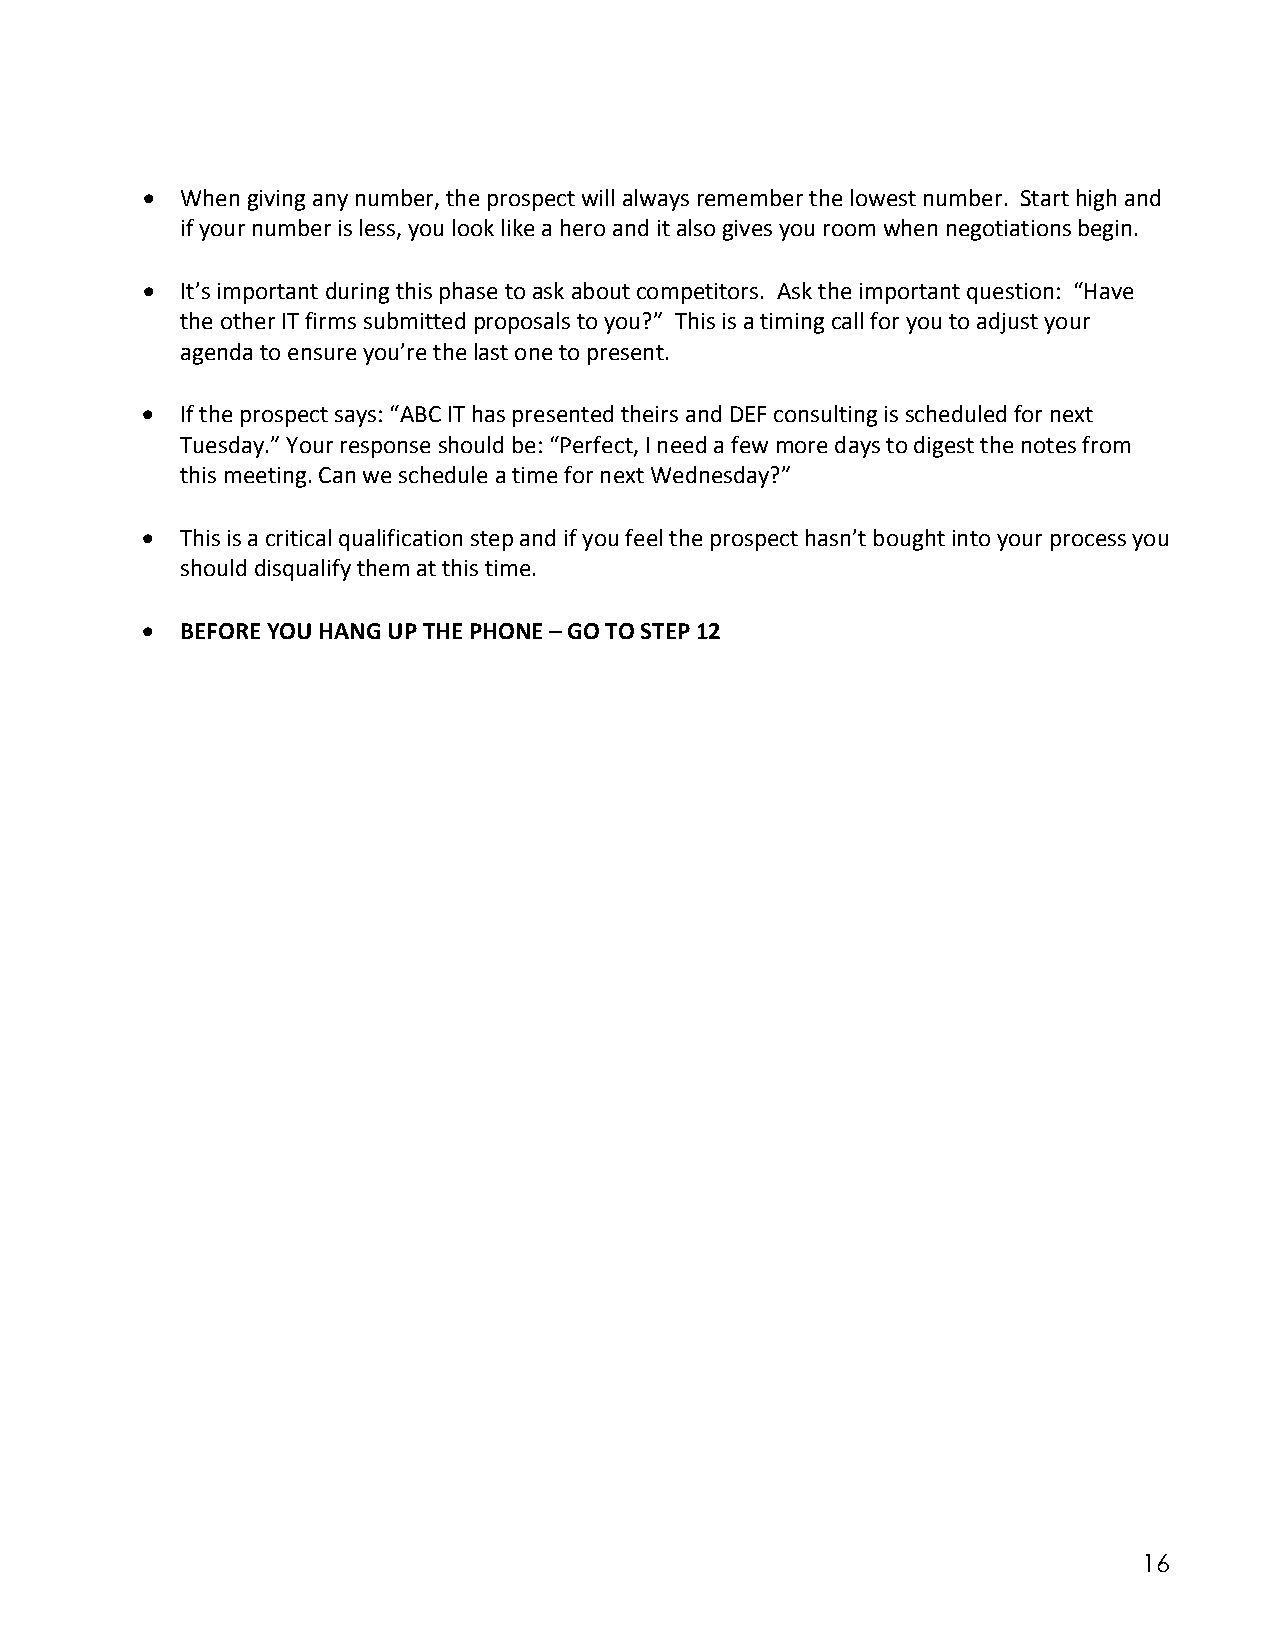
  When giving any number, the prospect will always remember the lowest number. Start high and
 if your number is less, you look like a hero and it also gives you room when negotiations begin.
   It’s important during this phase to ask about competitors. Ask the important question: “Have
 the other IT firms submitted proposals to you?” This is a timing call for you to adjust your
 agenda to ensure you’re the last one to present.
   If the prospect says: “ABC IT has presented theirs and DEF consulting is scheduled for next
 Tuesday.” Your response should be: “Perfect, I need a few more days to digest the notes from
 this meeting. Can we schedule a time for next Wednesday?”
   This is a critical qualification step and if you feel the prospect hasn’t bought into your process you
 should disqualify them at this time.
   BEFORE YOU HANG UP THE PHONE – GO TO STEP 12
 16